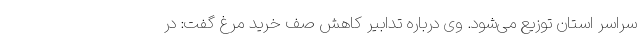
سراسر استان توزیع می‌شود. وی درباره تدابیر کاهش صف خرید مرغ گفت: در